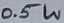
Text: 0.5W